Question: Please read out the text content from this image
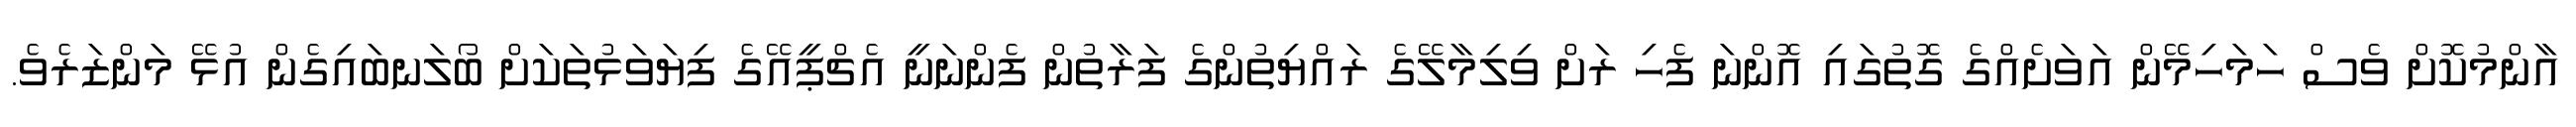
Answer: އާންމުކޮށް ވެސް ހަމަހިމޭން އަވަށެއްގެ ގޮތުގައި އޮންނަ ފެހި ރަށް ވިލިމާލޭގެ ރައްޔިތުންގެ ފަރާތުން ފެންނަނީ އެޗްޕީއޭގެ ފިޔަވަޅުތަކަށް ބޯލަނބައިގެން އުޅޭ މަންޒަރެވެ.